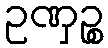
ဥဏှဉ္စ